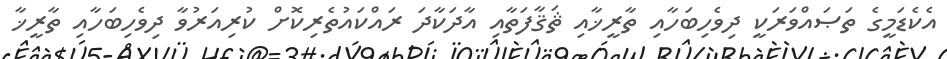
އެކެޑަމީގެ ތަޞައްވަރަކީ ދިވެހިބަހާއި ތާރީޚާއި ޘަޤާފަތާއި އާދަކާދަ ރައްކައުތެރިކޮށް ކުރިއަރުވާ ދިވެހިބަހާއި ތާރީޚާ